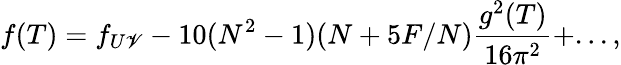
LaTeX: f(T)=f_{U\mathscr{V}}-10(N^{2}-1)(N+5F/N)\frac{{g^{2}(T)}}{{16\pi^{2}}}+...,